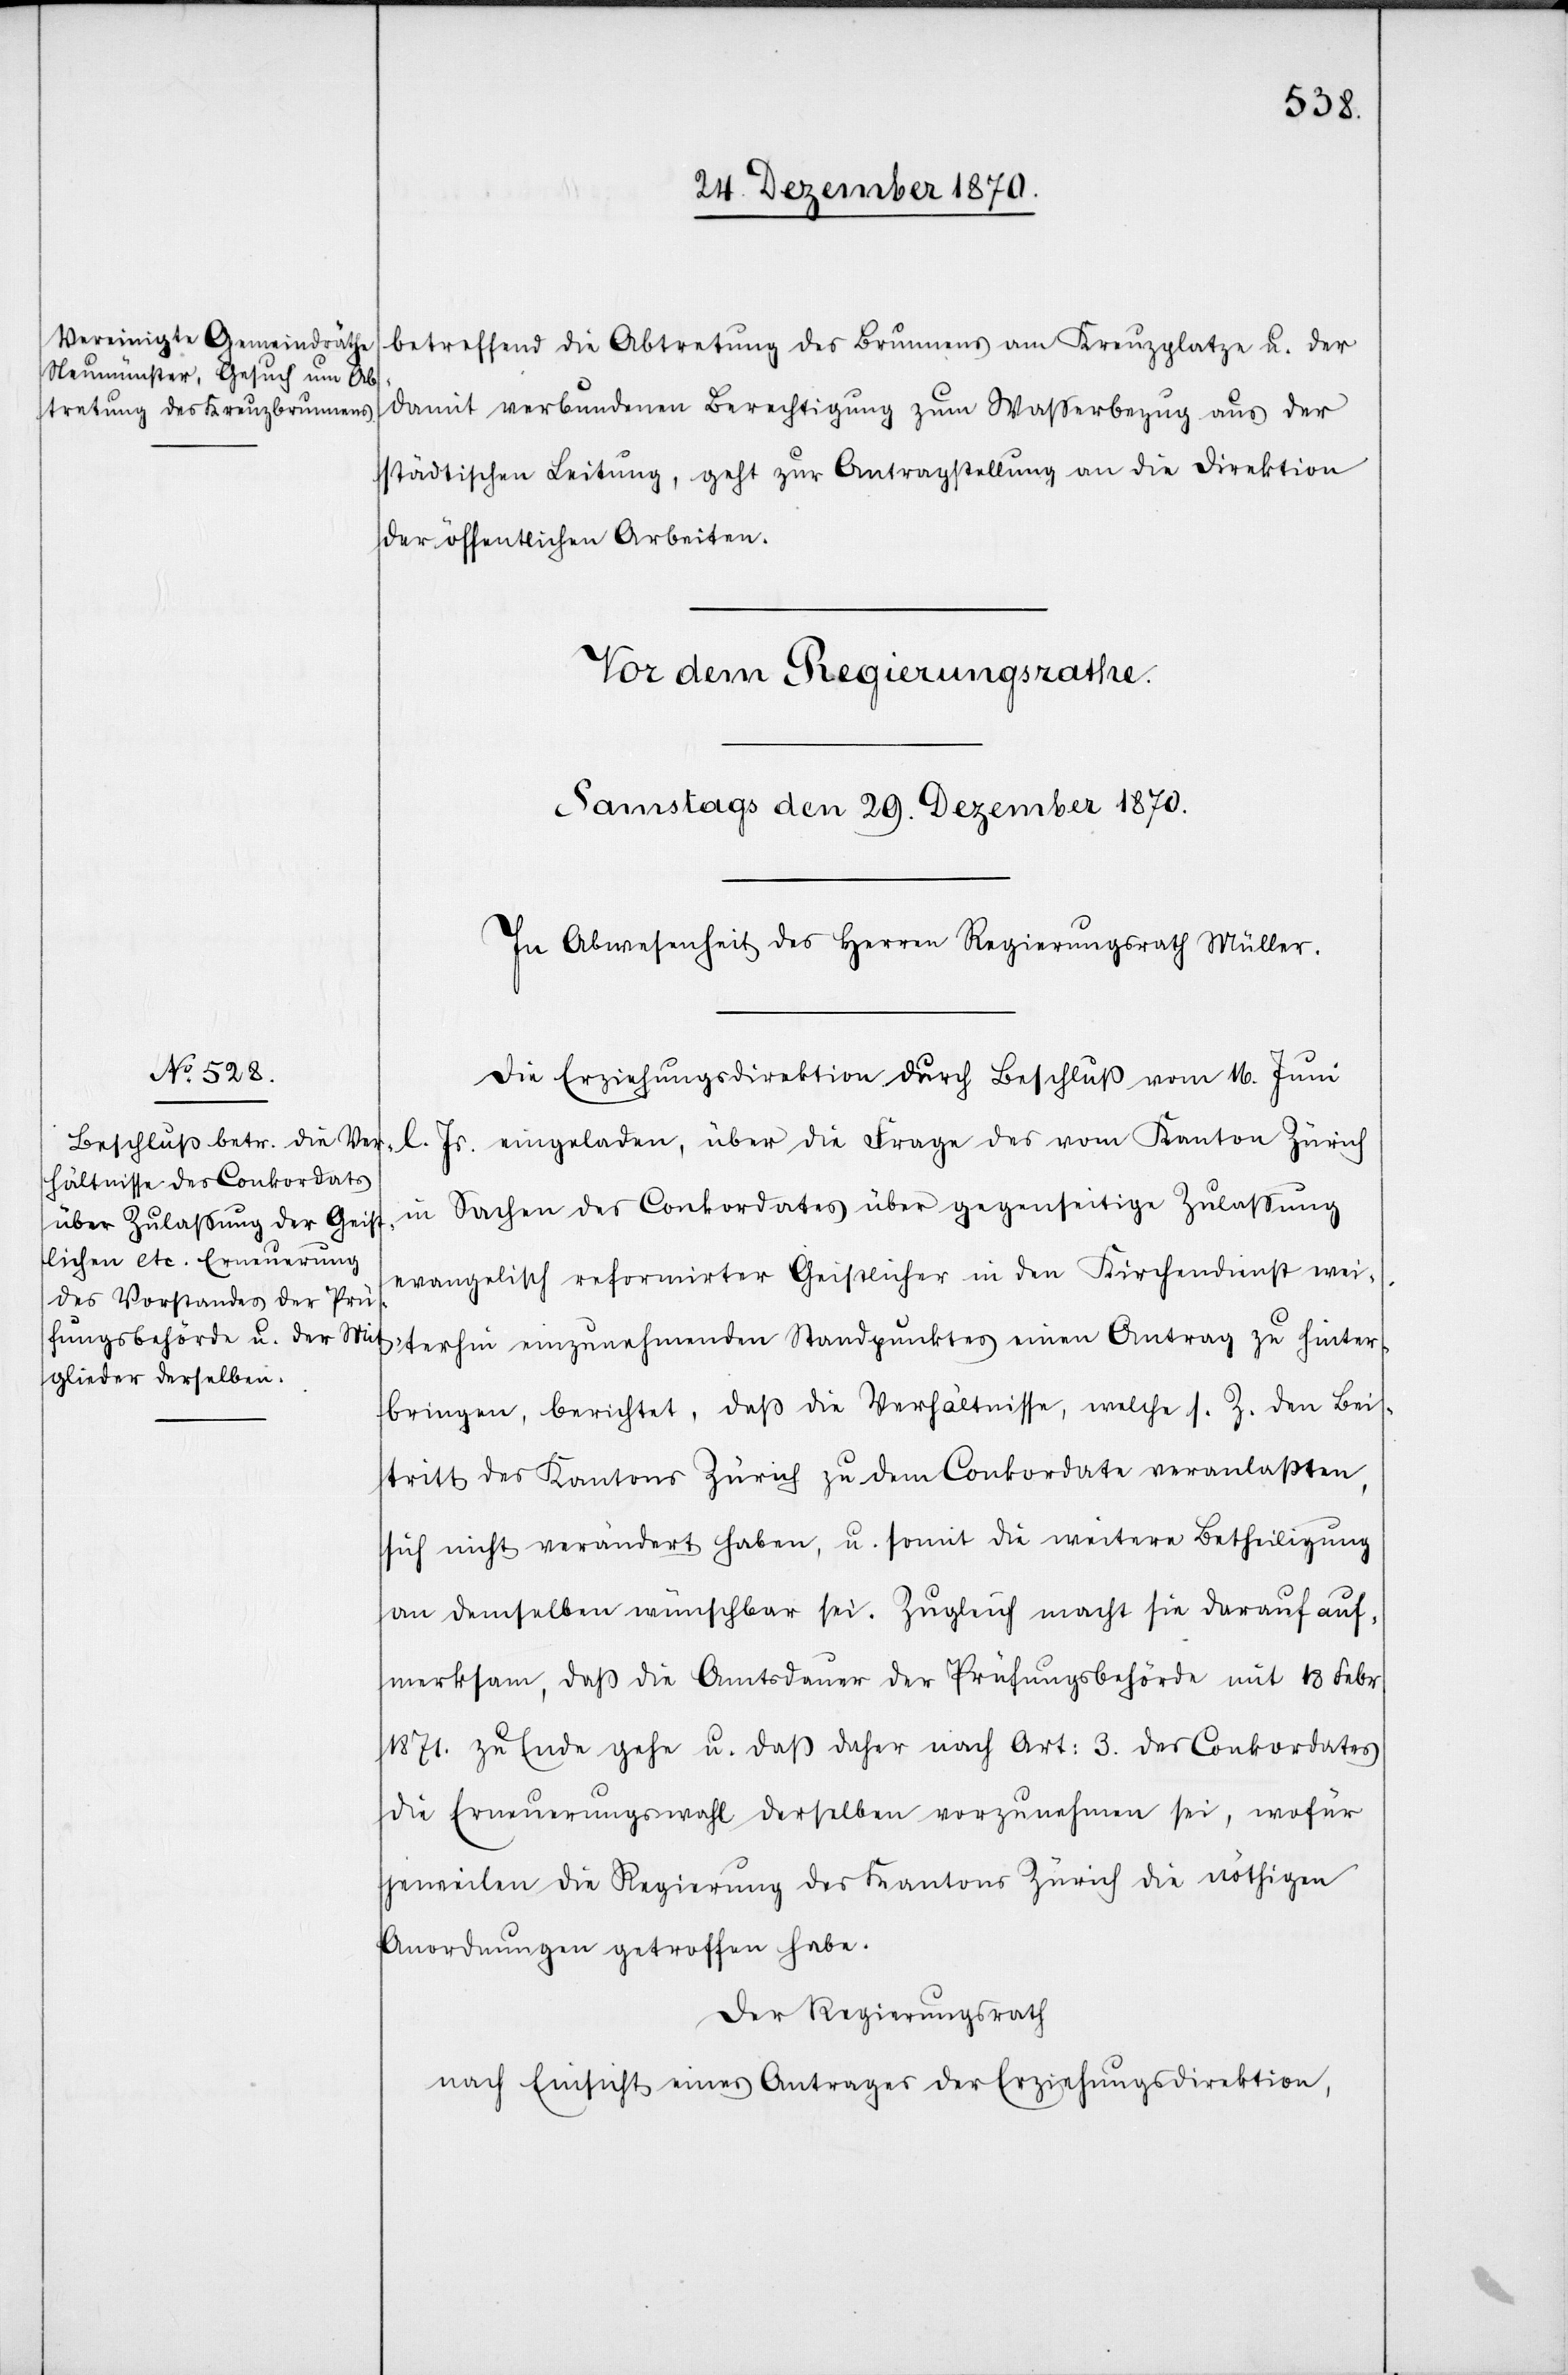
betreffend die Abtretung des Brunnens am Kreuzplatze u. der
damit verbundenen Berechtigung zum Waßerbezug aus der
städtischen Leitung, geht zur Antragstellung an die Direktion
der öffentlichen Arbeiten.
Die Erziehungsdirektion durch Beschluß vom 16. Juni
l. Js. eingeladen, über die Frage des vom Kanton Zürich
in Sachen des Conkordates über gegenseitige Zulassung
evangelisch reformirter Geistlicher in den Kirchendienst wei¬
terhin einzunehmenden Standpunktes einen Antrag zu hinter¬
bringen, berichtet, daß die Verhältnisse, welche s. Z. den Bei¬
tritt des Kantons Zürich zu dem Conkordate veranlassten,
sich nicht verändert haben, u. somit die weitere Betheiligung
an demselben wünschbar sei. Zugleich macht sie darauf auf¬
merksam, daß die Amtsdauer der Prüfungsbehörde mit 18 Febr.
1871. zu Ende gehe u. daß daher nach Art: 3. des Conkordates
die Erneuerungswahl derselben vorzunehmen sei, wofür
jeweilen die Regierung des Kantons Zürich die nöthigen
Anordnungen getroffen habe.
Der Regierungsrath
nach Einsicht eines Antrages der Erziehungsdirektion,